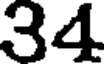
34